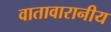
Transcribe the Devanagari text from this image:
वातावारानीय